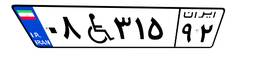
۰۸W۳۱۵۹۲